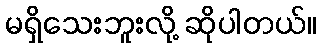
မရှိသေးဘူးလို့ ဆိုပါတယ်။